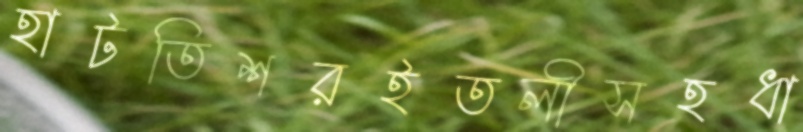
হাটতিশরইতলীসহধা